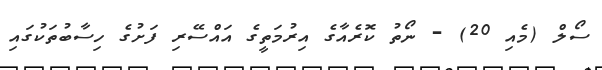
ސޯލް (މެއި 20) - ނޯތު ކޮރެއާގެ އިރުމަތީގެ އައްސޭރި ފަށުގެ ހިސާބުތަކުގައި